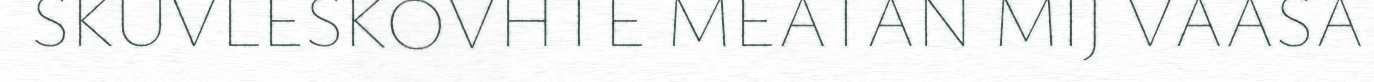
SKUVLESKOVHTE MEATAN MIJ VAASA